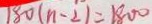
1 8 0 ( n - 2 ) = 1 8 0 0